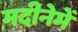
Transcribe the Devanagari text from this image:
मदीनेमें